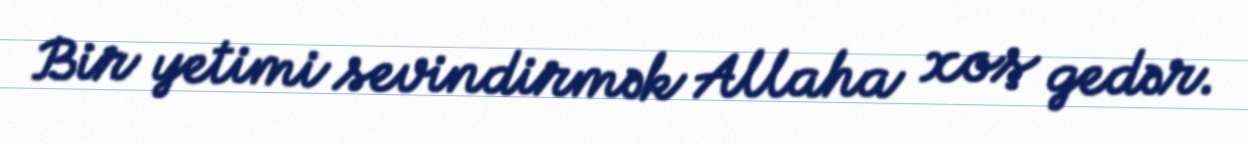
Bir yetimi sevindirmək Allaha xoş gedər.